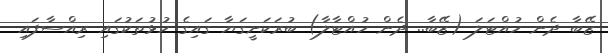
ޒޭބާ ދެން ހުއްޓަލަ (ޒޭބާ.. ދެން ހުއްޓާލާ) ބުރަކަށީގަޔާ ގައިގެ ހުޅުތަކުގައި ރިއްސާފައި